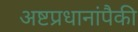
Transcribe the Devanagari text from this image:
अष्टप्रधानांपैकी